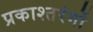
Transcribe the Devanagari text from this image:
प्रकाश्तरंगों